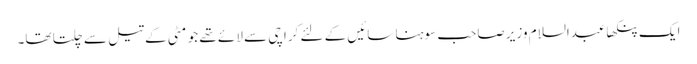
ایک پنکھا عبدالسلام وزیر صاحب سوہنا سائیں کے لئے کراچی سے لائے تھے جو مٹی کے تیل سے چلتا تھا۔